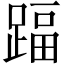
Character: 踾